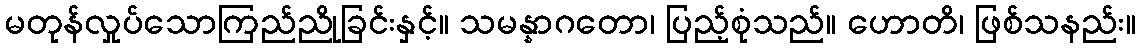
မတုန်လှုပ်သောကြည်ညိုခြင်းနှင့်။ သမန္နာဂတော၊ ပြည့်စုံသည်။ ဟောတိ၊ ဖြစ်သနည်း။